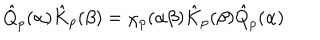
\hat { Q } _ { p } ( \alpha ) \hat { K } _ { p } ( \beta ) = \chi _ { p } ( \alpha \beta ) \hat { K } _ { p } ( \beta ) \hat { Q } _ { p } ( \alpha )